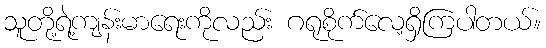
သူတို့ရဲ့ကျန်းမာရေးကိုလည်း ဂရုစိုက်လေ့ရှိကြပါတယ်။